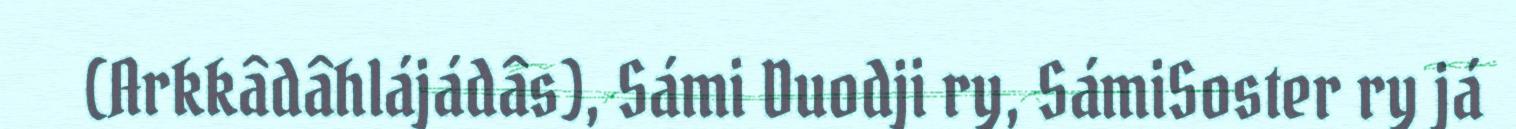
(Arkkâdâhlájádâs), Sámi Duodji ry, SámiSoster ry já